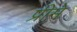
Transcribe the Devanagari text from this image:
प्रीमे